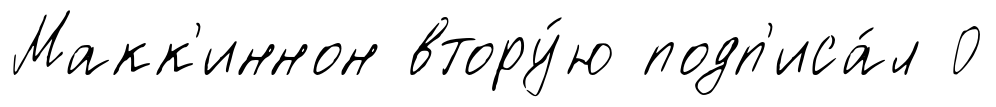
Макк'иннон втору́ю подп'иса́л 0